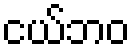
ငယ်ဘဝ